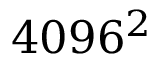
4 0 9 6 ^ { 2 }